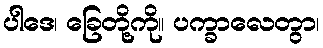
ပါဒေ၊ ခြေတို့ကို။ ပက္ခာလေတွာ၊